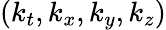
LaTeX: (k_{t},k_{x},k_{y},k_{z})